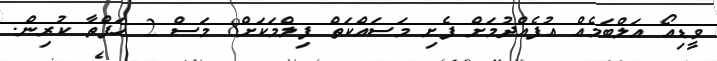
ވީޑިއޯ އަލްބަމެއް އުފެއްދުމަށް ފެށި މަސައްކަތް ފިލްމަކަށް8 މަސް 2 ހަފްތާ ކުރިން.